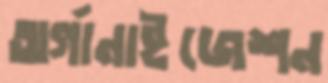
অর্গানাইজেশন